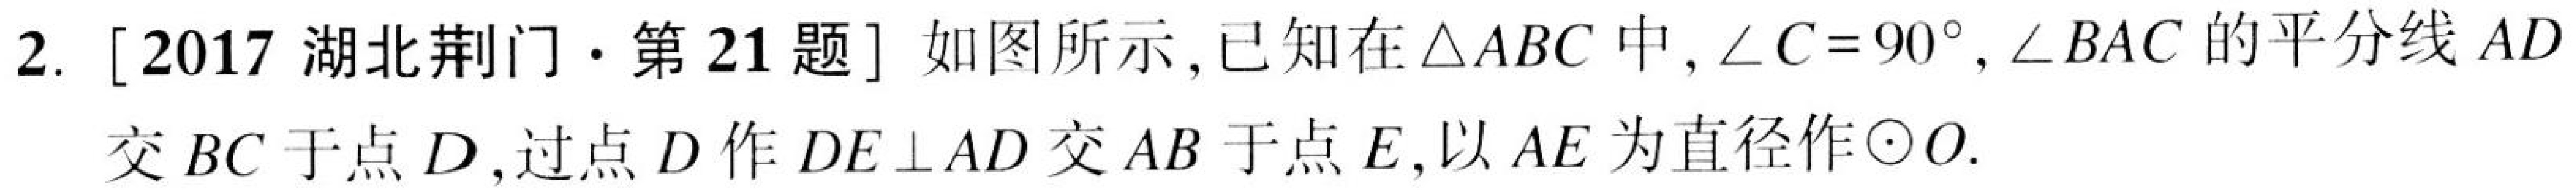
2. [2017 湖北荆门·第21题] 如图所示, 已知在\(\triangle ABC\)中, \(\angle C = 90^{\circ}\), \(\angle BAC\)的平分线\(AD\)交\(BC\)于点\(D\), 过点\(D\)作\(DE\perp AD\)交\(AB\)于点\(E\), 以\(AE\)为直径作\(\odot O\).